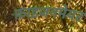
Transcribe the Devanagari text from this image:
फ़ाइजनमेयर